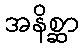
အနိစ္ဆာ